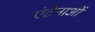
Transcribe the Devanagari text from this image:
एंटेनाओं